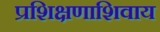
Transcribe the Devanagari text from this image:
प्रशिक्षणाशिवाय